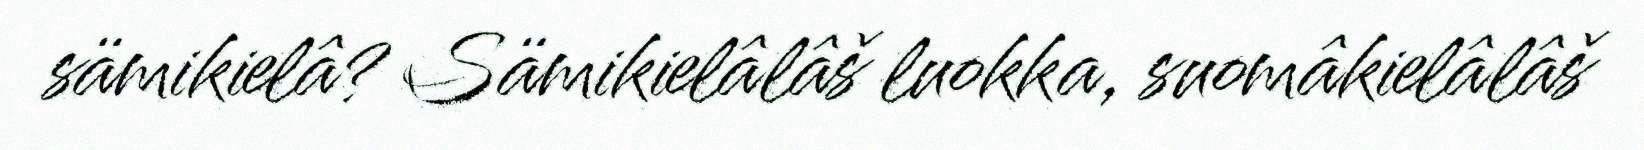
sämikielâ? Sämikielâlâš luokka, suomâkielâlâš